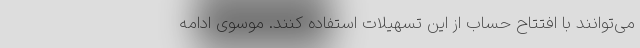
می‌توانند با افتتاح حساب از این تسهیلات استفاده کنند. موسوی ادامه